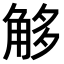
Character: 𧣣